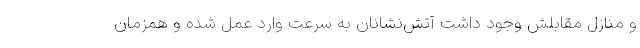
و منازل مقابلش وجود داشت آتش‌نشانان به سرعت وارد عمل شده و همزمان